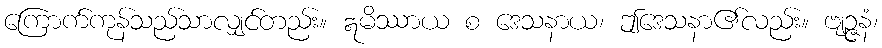
ကြောက်ကုန်သည်သာလျှင်တည်း။ ဣမိဿာယ စ ဒေသနာယ၊ ဤဒေသနာ၏လည်း။ ဗျဉ္ဇနံ၊